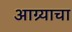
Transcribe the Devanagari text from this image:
आग्र्याचा